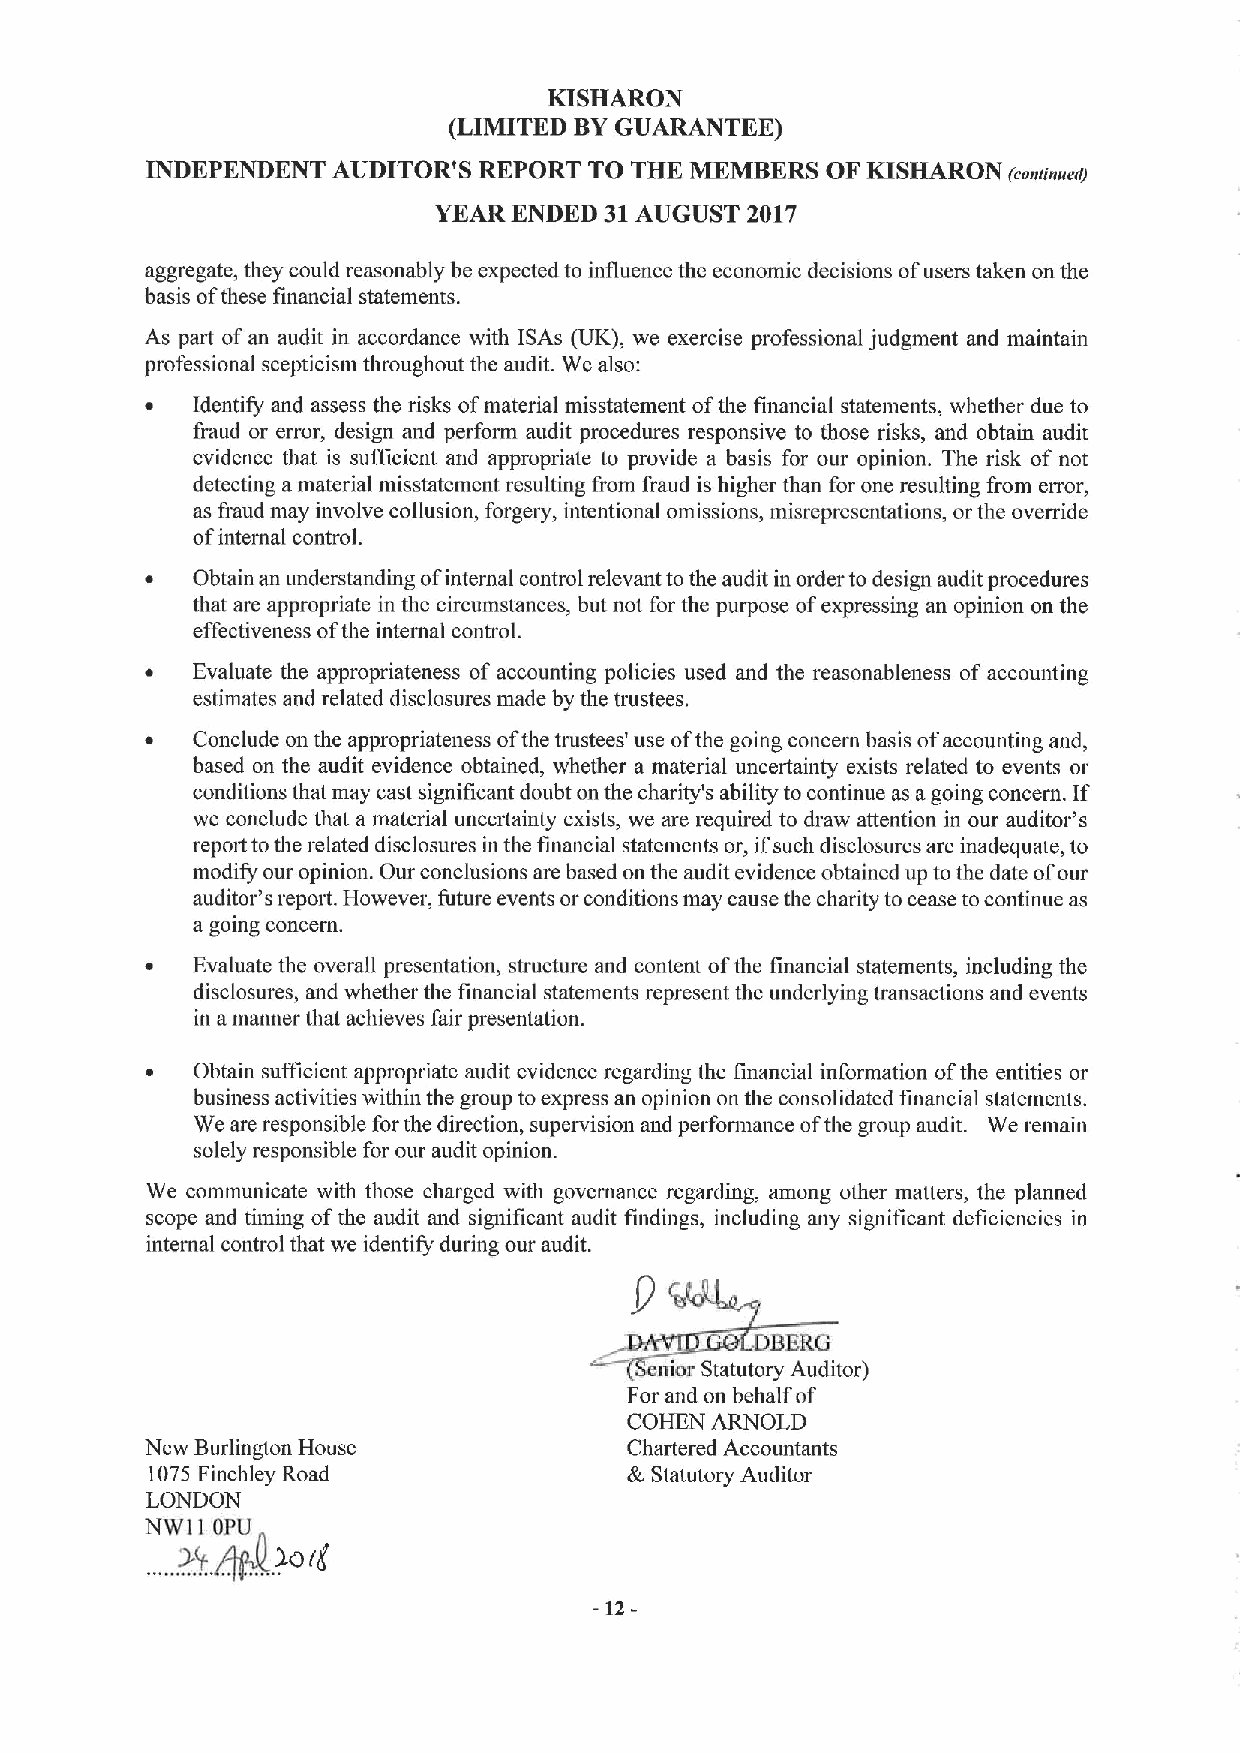
KISHARON
 (LIMITED BYGUARANTEE)
 INDEPENDENT AUDITOR'S REPORT TO THE MEMBERS  OF KISHARON
 (eosaaaert)
 YEAR ENDED 31AUGUST 2017
 aggregate, they could reasonably be expected to influence the economic decisions ofusers taken on the
 basis ofthese financial statements.
 As part ofan audit in accordance with ISAs (UK), we exercise professional judgment and maintain
 professional scepticism throughout the audit. We also:
 ~  Identify and assess the risks ofmaterial misstatement ofthe financial statements, whether due to
 fraud or error, design and perform audit procedures responsive to those risks, and obtain audit
 evidence that is sufficient and appropriate to provide a basis for our opinion. The risk of not
 detecting a material misstatement resulting from fraud is higher than for one resulting from error,
 as fraud may involve collusion, forgery, intentional omissions, misrepresentations, orthe override
 ofinternal control.
 ~  Obtain an understanding ofinternal control relevant tothe audit in order to design audit procedures
 that are appropriate in the circumstances, but not for the purpose ofexpressing an opinion on the
 effectiveness ofthe internal control.
 ~  Evaluate the appropriateness of accounting policies used and the reasonableness of accounting
 estimates and related disclosures made by the trustees.
 ~  Conclude on the appropriateness ofthe trustees' use ofthe going concern basis ofaccounting and,
 based on the audit evidence obtained, whether a material uncertainty exists related to events or
 conditions that may cast significant doubt on the charity's ability to continue as agoing concern. If
 we conclude that a material uncertainty exists, we are required to draw attention in our auditor's
 report tothe related disclosures in the financial statements or, ifsuch disclosures are inadequate, to
 modify our opinion. Our conclusions are based on the audit evidence obtained up tothe date ofour
 auditor's repoit. However, future events or conditions may cause the charity to cease tocontinue as
 a going concern.
 ~  Evaluate the overall presentation, structure and content ofthe financial statements, including the
 disclosures, and whether the financial statements represent the underlying transactions and events
 in a manner that achieves fair presentation.
 ~  Obtain sufficient appropriate audit evidence regarding the financial information ofthe entities or
 business activities within the group toexpress an opinion on the consolidated financial statements.
 We are responsible for the direction, supervision and performance ofthe group audit. We remain
 solely responsible for our audit opinion.
 We communicate with those charged with governance regarding, among other matters, the planned
 scope and timing ofthe audit and significant audit findings, including any significant deficiencies in
 internal control that we identify during our audit.
 DBERG
 enior Statutory Auditor)
 For and on behalf of
 COHEN ARNOLD
 New Burlington House            Chartered Accountants
 1075Finchley Road               &Statutory Auditor
 LONDON
 NWI I OPU
 (i
 -12-